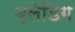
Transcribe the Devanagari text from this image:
ब्लेडिंग